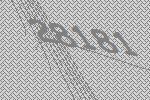
28181